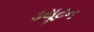
ડયૂટન